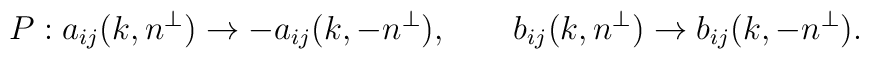
P: a_{ij}(k,n^\perp)\rightarrow -a_{ij}(k,-n^\perp),\qquad      b_{ij}(k,n^\perp)\rightarrow b_{ij}(k,-n^\perp).